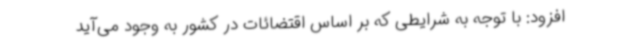
افزود: با توجه به شرایطی که بر اساس اقتضائات در کشور به وجود می‌آید